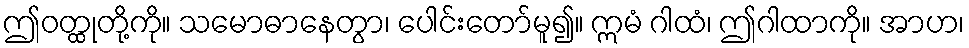
ဤဝတ္ထုတို့ကို။ သမောဓာနေတွာ၊ ပေါင်းတော်မူ၍။ ဣမံ ဂါထံ၊ ဤဂါထာကို။ အာဟ၊